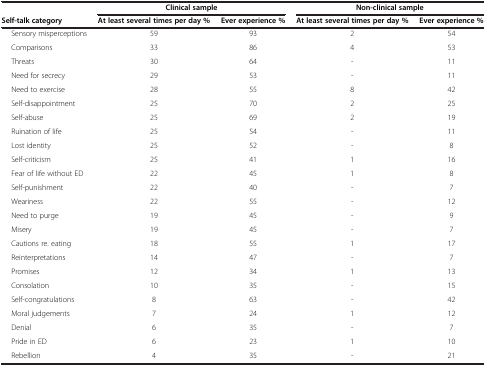
<table><thead><tr><td><b> </b></td><td colspan="2"><b>Clinical sample</b></td><td colspan="2"><b>Non-clinical sample</b></td></tr><tr><td><b>Self-talk category</b></td><td><b>At least several times per day %</b></td><td><b>Ever experience %</b></td><td><b>At least several times per day %</b></td><td><b>Ever experience %</b></td></tr></thead><tbody><tr><td>Sensory misperceptions</td><td>59</td><td>93</td><td>2</td><td>54</td></tr><tr><td>Comparisons</td><td>33</td><td>86</td><td>4</td><td>53</td></tr><tr><td>Threats</td><td>30</td><td>64</td><td>-</td><td>11</td></tr><tr><td>Need for secrecy</td><td>29</td><td>53</td><td>-</td><td>11</td></tr><tr><td>Need to exercise</td><td>28</td><td>55</td><td>8</td><td>42</td></tr><tr><td>Self-disappointment</td><td>25</td><td>70</td><td>2</td><td>25</td></tr><tr><td>Self-abuse</td><td>25</td><td>69</td><td>2</td><td>19</td></tr><tr><td>Ruination of life</td><td>25</td><td>54</td><td>-</td><td>11</td></tr><tr><td>Lost identity</td><td>25</td><td>52</td><td>-</td><td>8</td></tr><tr><td>Self-criticism</td><td>25</td><td>41</td><td>1</td><td>16</td></tr><tr><td>Fear of life without ED</td><td>22</td><td>45</td><td>1</td><td>8</td></tr><tr><td>Self-punishment</td><td>22</td><td>40</td><td>-</td><td>7</td></tr><tr><td>Weariness</td><td>22</td><td>55</td><td>-</td><td>12</td></tr><tr><td>Need to purge</td><td>19</td><td>45</td><td>-</td><td>9</td></tr><tr><td>Misery</td><td>19</td><td>45</td><td>-</td><td>7</td></tr><tr><td>Cautions re. eating</td><td>18</td><td>55</td><td>1</td><td>17</td></tr><tr><td>Reinterpretations</td><td>14</td><td>47</td><td>-</td><td>7</td></tr><tr><td>Promises</td><td>12</td><td>34</td><td>1</td><td>13</td></tr><tr><td>Consolation</td><td>10</td><td>35</td><td>-</td><td>15</td></tr><tr><td>Self-congratulations</td><td>8</td><td>63</td><td>-</td><td>42</td></tr><tr><td>Moral judgements</td><td>7</td><td>24</td><td>1</td><td>12</td></tr><tr><td>Denial</td><td>6</td><td>35</td><td>-</td><td>7</td></tr><tr><td>Pride in ED</td><td>6</td><td>23</td><td>1</td><td>10</td></tr><tr><td>Rebellion</td><td>4</td><td>35</td><td>-</td><td>21</td></tr></tbody></table>